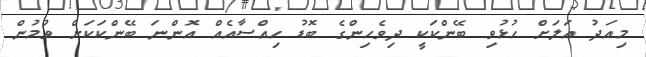
މިއަދު އަލަށް ހުޅުވި ބޭންކަކީ ދިވެހިންގެ ބޮޑު ހިއްސާއެއް އޮންނަ ބޭންކަކަށް ވުމުން